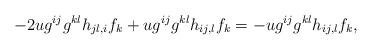
LaTeX: \begin{align*}- 2ug^{ij}g^{kl}h_{jl,i}f_k + ug^{ij}g^{kl} h_{ij,l}f_k = -ug^{ij}g^{kl} h_{ij,l}f_k,\end{align*}